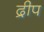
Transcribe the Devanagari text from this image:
द्रीप